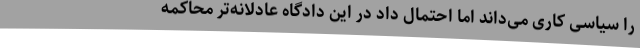
را سیاسی کاری می‌داند اما احتمال داد در این دادگاه عادلانه‌تر محاکمه